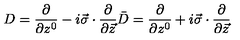
D = \frac { \partial } { \partial z ^ { 0 } } - i \vec { \sigma } \cdot \frac { \partial } { \partial \vec { z } } \bar { D } = \frac { \partial } { \partial z ^ { 0 } } + i \vec { \sigma } \cdot \frac { \partial } { \partial \vec { z } }